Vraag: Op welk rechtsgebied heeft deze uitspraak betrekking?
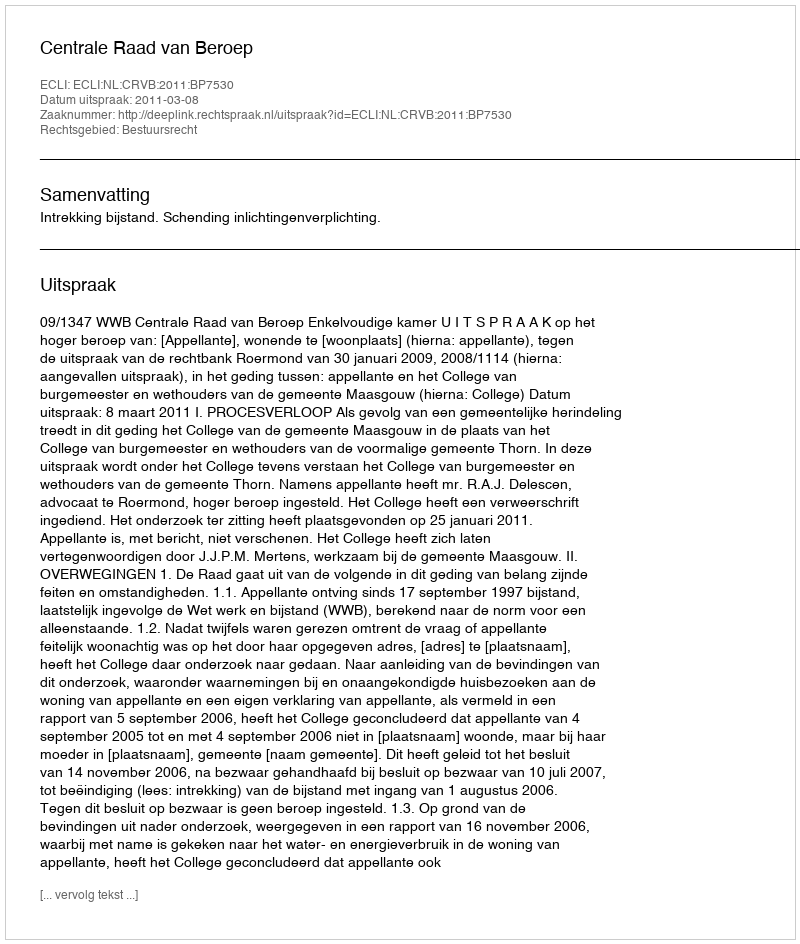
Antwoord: Bestuursrecht